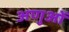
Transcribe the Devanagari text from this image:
अणुआें